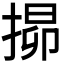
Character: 𭡧